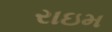
રાઇમ